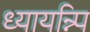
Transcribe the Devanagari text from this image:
ध्यायन्न्पि